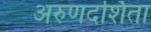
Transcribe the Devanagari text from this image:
अरुणदर्शिता